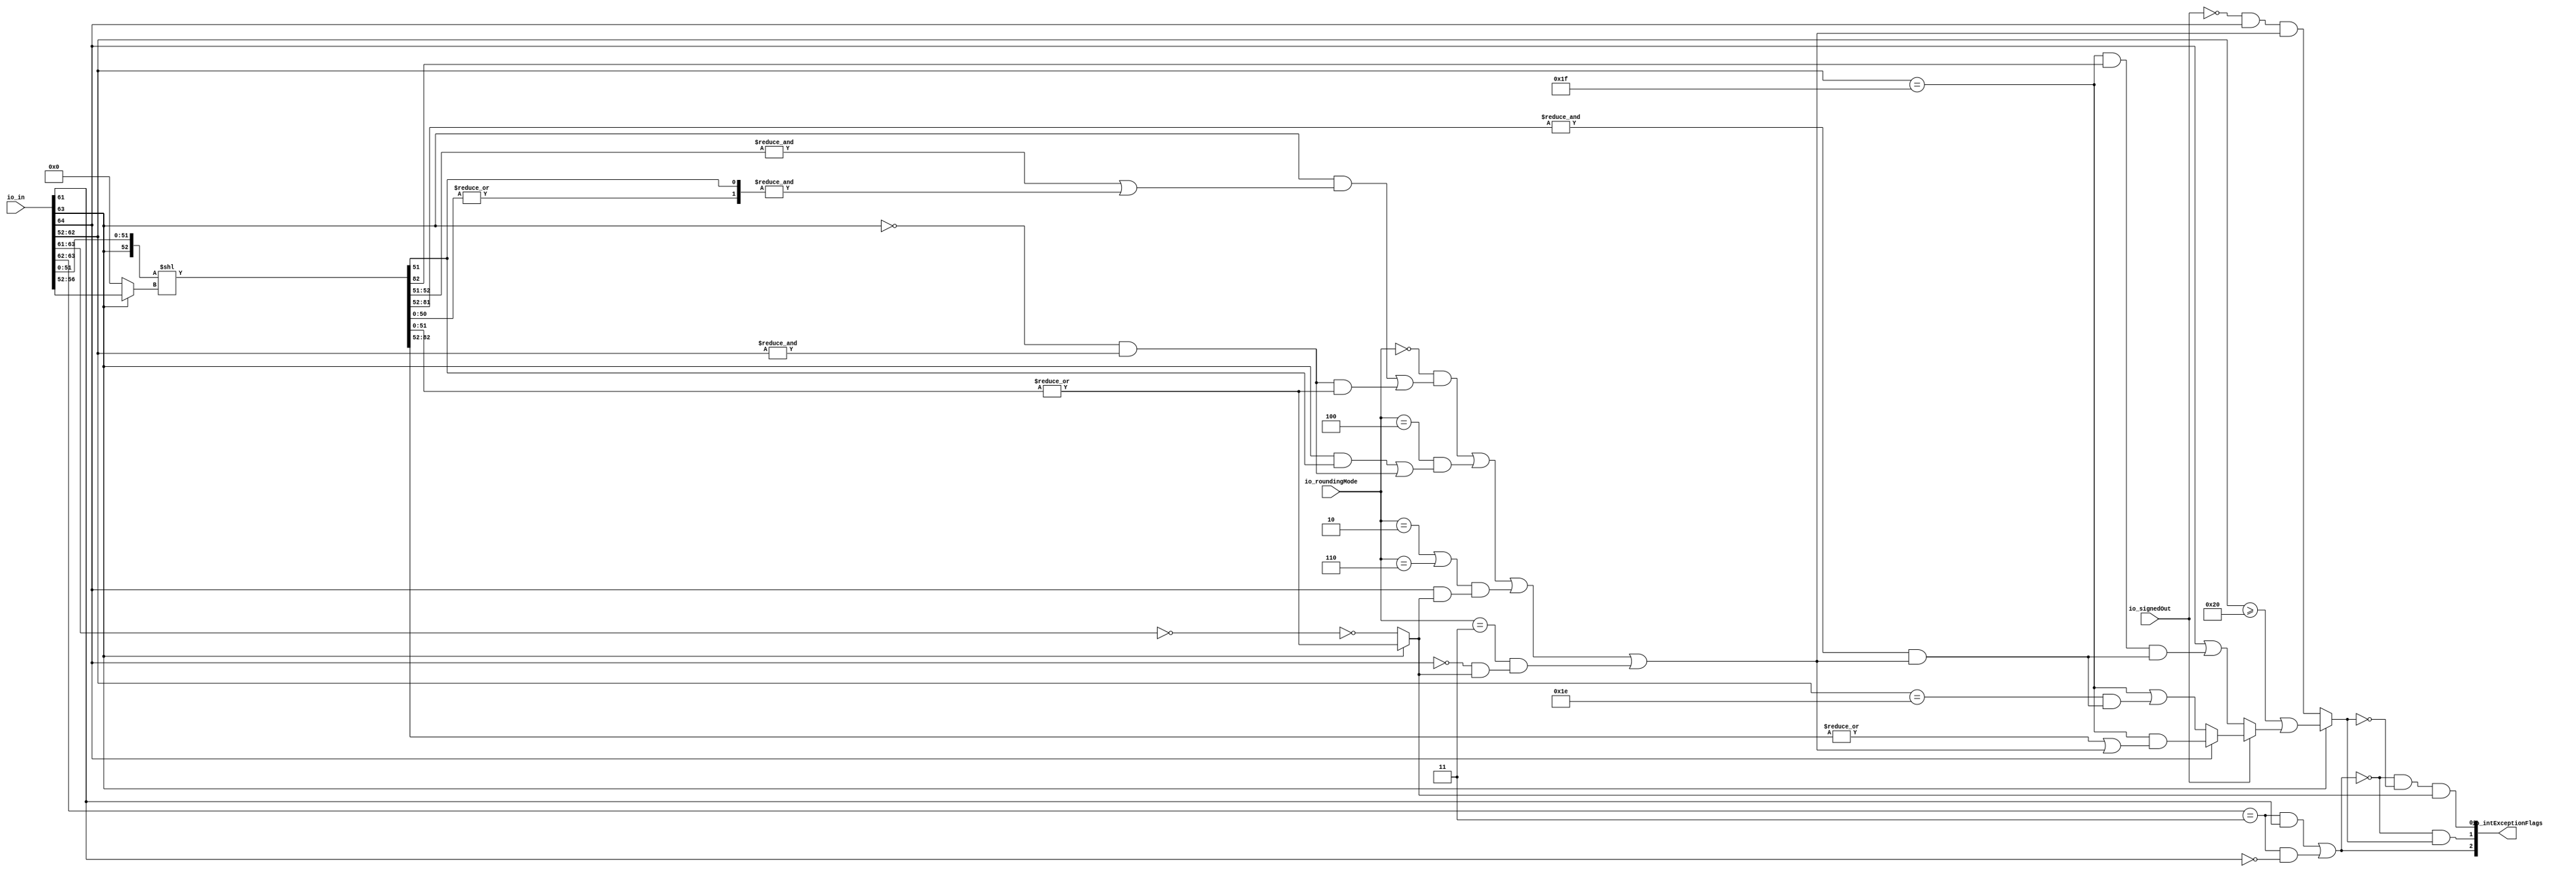
module RecFNToIN_1(
  input  [64:0] io_in,
  input  [2:0]  io_roundingMode,
  input         io_signedOut,
  output [2:0]  io_intExceptionFlags
);
  wire [11:0] rawIn_exp = io_in[63:52]; // @[rawFloatFromRecFN.scala 50:21]
  wire  rawIn_isZero = rawIn_exp[11:9] == 3'h0; // @[rawFloatFromRecFN.scala 51:54]
  wire  rawIn_isSpecial = rawIn_exp[11:10] == 2'h3; // @[rawFloatFromRecFN.scala 52:54]
  wire  rawIn__isNaN = rawIn_isSpecial & rawIn_exp[9]; // @[rawFloatFromRecFN.scala 55:33]
  wire  rawIn__isInf = rawIn_isSpecial & ~rawIn_exp[9]; // @[rawFloatFromRecFN.scala 56:33]
  wire  rawIn__sign = io_in[64]; // @[rawFloatFromRecFN.scala 58:25]
  wire [12:0] rawIn__sExp = {1'b0,$signed(rawIn_exp)}; // @[rawFloatFromRecFN.scala 59:27]
  wire  _rawIn_out_sig_T = ~rawIn_isZero; // @[rawFloatFromRecFN.scala 60:39]
  wire [53:0] rawIn__sig = {1'h0,_rawIn_out_sig_T,io_in[51:0]}; // @[Cat.scala 31:58]
  wire  magGeOne = rawIn__sExp[11]; // @[RecFNToIN.scala 58:30]
  wire [10:0] posExp = rawIn__sExp[10:0]; // @[RecFNToIN.scala 59:28]
  wire  magJustBelowOne = ~magGeOne & &posExp; // @[RecFNToIN.scala 60:37]
  wire  roundingMode_near_even = io_roundingMode == 3'h0; // @[RecFNToIN.scala 64:53]
  wire  roundingMode_min = io_roundingMode == 3'h2; // @[RecFNToIN.scala 66:53]
  wire  roundingMode_max = io_roundingMode == 3'h3; // @[RecFNToIN.scala 67:53]
  wire  roundingMode_near_maxMag = io_roundingMode == 3'h4; // @[RecFNToIN.scala 68:53]
  wire  roundingMode_odd = io_roundingMode == 3'h6; // @[RecFNToIN.scala 69:53]
  wire [52:0] _shiftedSig_T_1 = {magGeOne,rawIn__sig[51:0]}; // @[Cat.scala 31:58]
  wire [4:0] _shiftedSig_T_3 = magGeOne ? rawIn__sExp[4:0] : 5'h0; // @[RecFNToIN.scala 81:16]
  wire [83:0] _GEN_0 = {{31'd0}, _shiftedSig_T_1}; // @[RecFNToIN.scala 80:50]
  wire [83:0] shiftedSig = _GEN_0 << _shiftedSig_T_3; // @[RecFNToIN.scala 80:50]
  wire  _alignedSig_T_2 = |shiftedSig[50:0]; // @[RecFNToIN.scala 86:69]
  wire [33:0] alignedSig = {shiftedSig[83:51],_alignedSig_T_2}; // @[Cat.scala 31:58]
  wire [31:0] unroundedInt = alignedSig[33:2]; // @[RecFNToIN.scala 87:54]
  wire  _common_inexact_T_1 = |alignedSig[1:0]; // @[RecFNToIN.scala 89:57]
  wire  common_inexact = magGeOne ? |alignedSig[1:0] : _rawIn_out_sig_T; // @[RecFNToIN.scala 89:29]
  wire  _roundIncr_near_even_T_8 = magJustBelowOne & _common_inexact_T_1; // @[RecFNToIN.scala 92:26]
  wire  roundIncr_near_even = magGeOne & (&alignedSig[2:1] | &alignedSig[1:0]) | _roundIncr_near_even_T_8; // @[RecFNToIN.scala 91:78]
  wire  roundIncr_near_maxMag = magGeOne & alignedSig[1] | magJustBelowOne; // @[RecFNToIN.scala 93:61]
  wire  _roundIncr_T_1 = roundingMode_near_maxMag & roundIncr_near_maxMag; // @[RecFNToIN.scala 96:35]
  wire  _roundIncr_T_2 = roundingMode_near_even & roundIncr_near_even | _roundIncr_T_1; // @[RecFNToIN.scala 95:61]
  wire  _roundIncr_T_4 = rawIn__sign & common_inexact; // @[RecFNToIN.scala 98:26]
  wire  _roundIncr_T_5 = (roundingMode_min | roundingMode_odd) & _roundIncr_T_4; // @[RecFNToIN.scala 97:49]
  wire  _roundIncr_T_6 = _roundIncr_T_2 | _roundIncr_T_5; // @[RecFNToIN.scala 96:61]
  wire  _roundIncr_T_9 = roundingMode_max & (~rawIn__sign & common_inexact); // @[RecFNToIN.scala 99:27]
  wire  roundIncr = _roundIncr_T_6 | _roundIncr_T_9; // @[RecFNToIN.scala 98:46]
  wire  magGeOne_atOverflowEdge = posExp == 11'h1f; // @[RecFNToIN.scala 107:43]
  wire  roundCarryBut2 = &unroundedInt[29:0] & roundIncr; // @[RecFNToIN.scala 110:61]
  wire  _common_overflow_T_3 = |unroundedInt[30:0] | roundIncr; // @[RecFNToIN.scala 117:64]
  wire  _common_overflow_T_4 = magGeOne_atOverflowEdge & _common_overflow_T_3; // @[RecFNToIN.scala 116:49]
  wire  _common_overflow_T_6 = posExp == 11'h1e & roundCarryBut2; // @[RecFNToIN.scala 119:62]
  wire  _common_overflow_T_7 = magGeOne_atOverflowEdge | _common_overflow_T_6; // @[RecFNToIN.scala 118:49]
  wire  _common_overflow_T_8 = rawIn__sign ? _common_overflow_T_4 : _common_overflow_T_7; // @[RecFNToIN.scala 115:24]
  wire  _common_overflow_T_10 = magGeOne_atOverflowEdge & unroundedInt[30]; // @[RecFNToIN.scala 122:50]
  wire  _common_overflow_T_11 = _common_overflow_T_10 & roundCarryBut2; // @[RecFNToIN.scala 123:57]
  wire  _common_overflow_T_12 = rawIn__sign | _common_overflow_T_11; // @[RecFNToIN.scala 121:32]
  wire  _common_overflow_T_13 = io_signedOut ? _common_overflow_T_8 : _common_overflow_T_12; // @[RecFNToIN.scala 114:20]
  wire  _common_overflow_T_14 = posExp >= 11'h20 | _common_overflow_T_13; // @[RecFNToIN.scala 113:40]
  wire  _common_overflow_T_17 = ~io_signedOut & rawIn__sign & roundIncr; // @[RecFNToIN.scala 125:41]
  wire  common_overflow = magGeOne ? _common_overflow_T_14 : _common_overflow_T_17; // @[RecFNToIN.scala 112:12]
  wire  invalidExc = rawIn__isNaN | rawIn__isInf; // @[RecFNToIN.scala 130:34]
  wire  _overflow_T = ~invalidExc; // @[RecFNToIN.scala 131:20]
  wire  overflow = ~invalidExc & common_overflow; // @[RecFNToIN.scala 131:32]
  wire  inexact = _overflow_T & ~common_overflow & common_inexact; // @[RecFNToIN.scala 132:52]
  wire [1:0] io_intExceptionFlags_hi = {invalidExc,overflow}; // @[Cat.scala 31:58]
  assign io_intExceptionFlags = {io_intExceptionFlags_hi,inexact}; // @[Cat.scala 31:58]
endmodule